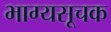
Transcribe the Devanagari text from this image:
भाग्यसूचक